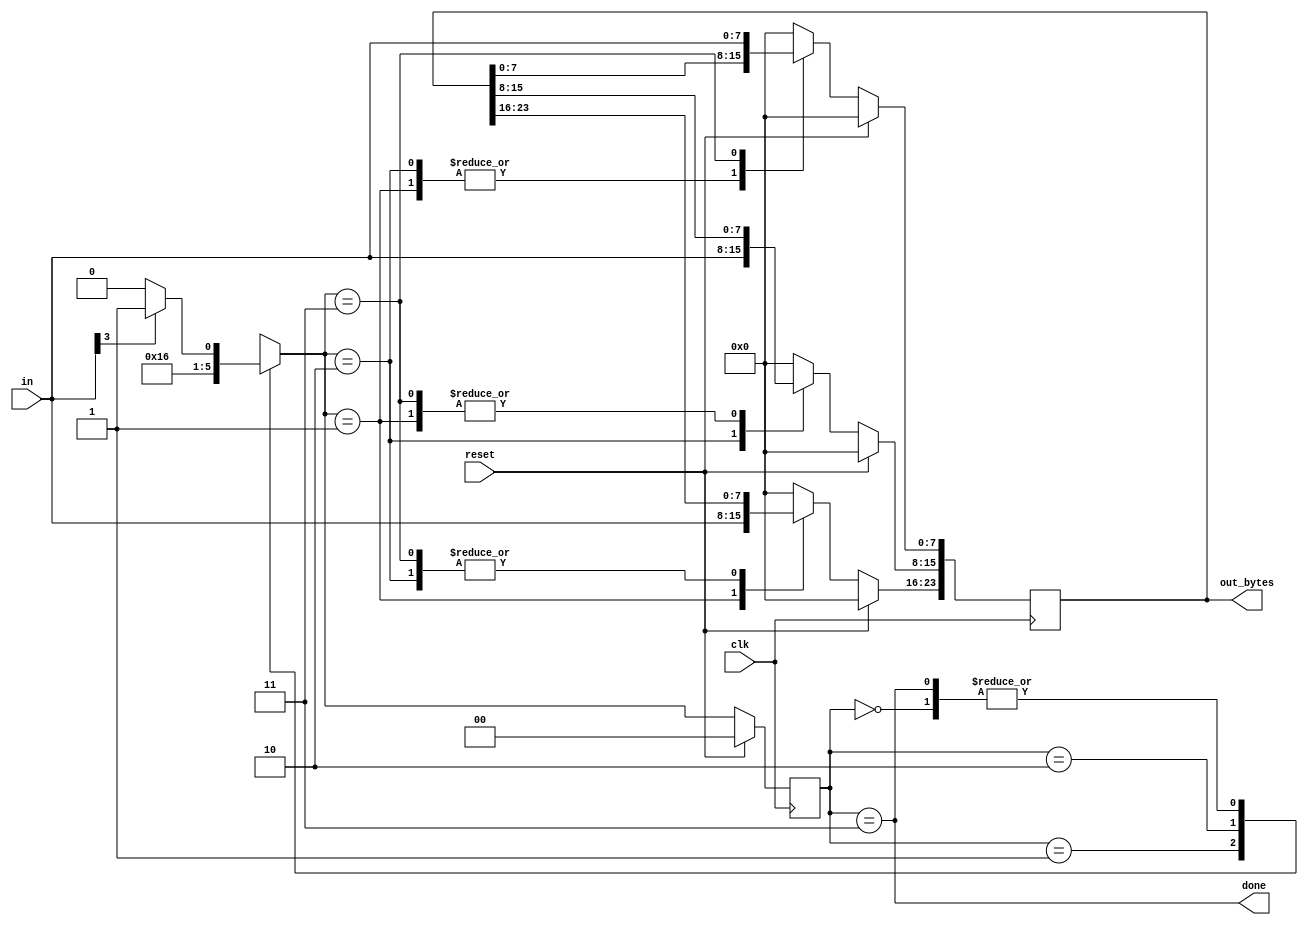
module top_module(
    input clk,
    input [7:0] in,
    input reset,    // Synchronous reset
    output [23:0] out_bytes,
    output done); //
    parameter byte1=0,byte2=1,byte3=2,don=3;
    reg[1:0] state,next_state;
    // State transition logic (combinational)
    always @(*) begin
        case(state)
            byte1: begin
                if(in[3]) next_state=byte2;
                else next_state=byte1;
            end
            byte2: next_state=byte3;
            byte3: next_state=don;
            don: begin
                if(in[3]) next_state=byte2;
                else next_state=byte1;
            end
        endcase
    end
    // State flip-flops (sequential)
    always @(posedge clk) begin
        if(reset) state=byte1;
        else state=next_state;
    end
    // Output logic
    assign done=(state==don);

    // New: Datapath to store incoming bytes.
    always@(posedge clk) begin
        if(reset) begin
            out_bytes <= 24'b0;
        end
        else begin
            case(next_state)
                byte2: out_bytes[23:16] <= in[7:0];
                byte3: out_bytes[15:8] <= in[7:0];
                don: out_bytes[7:0] <= in[7:0];
                default: out_bytes <= 24'b0;
            endcase
        end
    end
endmodule